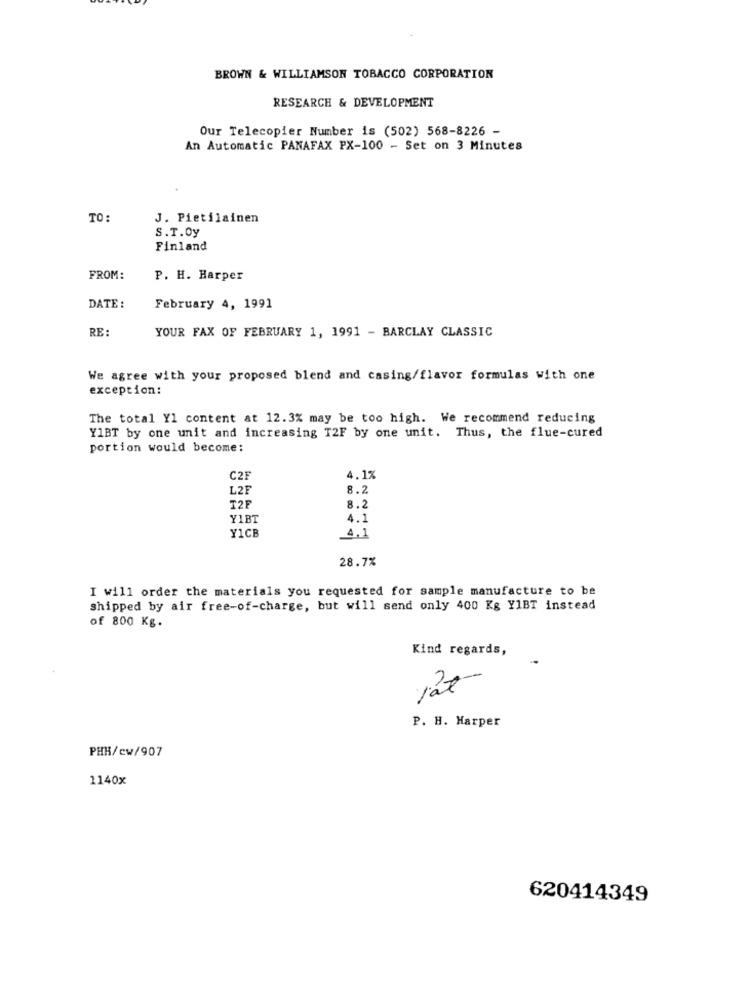
BROWN & WILLIAMSON TOBACCO CORPORATION
RESEARCH & DEVELOPMENT
Our Telecopier Number is (502) 568-8226 -
An Automatic PANAFAX PX-100 - Set on 3 Minutes
TO:
J. Pietilainen
S.T.Oy
Finland
FROM:
P. H. Harper
DATE :
February 4, 1991
RE:
YOUR FAX OF FEBRUARY 1, 1991 - BARCLAY CLASSIC
We agree with your proposed blend and casing/flavor formulas with one
exception:
The total Yl content at 12.3% may be too high. We recommend reducing
YIBT by one unit and increasing T2F by one unit. Thus, the flue-cured
portion would become:
C2F
4.1%
L2F
8.2
T2F
8.2
Y1BT
4.1
Y1CB
4.1
28.7%
I will order the materials you requested for sample manufacture to be
shipped by air free-of-charge, but will send only 400 Kg Y1BT instead
of 800 Kg.
Kind regards,
12t
P. H. Harper
PHR/cw/907
1140x
620414349